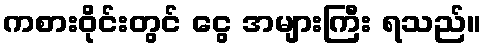
ကစားဝိုင်းတွင် ငွေ အများကြီး ရသည်။